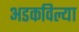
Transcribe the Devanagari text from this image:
अडकविल्या